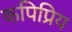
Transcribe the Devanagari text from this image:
कपिप्रिय